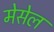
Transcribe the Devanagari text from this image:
मेसेल